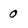
Character: 0